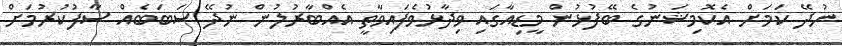
ނުދޭ ކަމަށް އެކޮމިޝަނުގެ ބޭފުޅުން މީޑިއާގައި ވިދާޅުވެފައިވާތީ އެއްބާރުލުން ނުދޭ ސަބަބެއް ސާފުކުރުމަށް